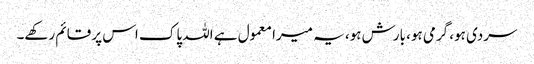
سردی ہو، گرمی ہو، بارش ہو، یہ میرا معمول ہے اللہ پاک اس پر قائم رکھے۔